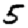
Digit: 5